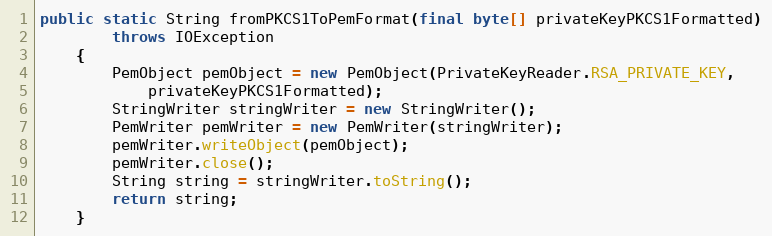
Language: Java
public static String fromPKCS1ToPemFormat(final byte[] privateKeyPKCS1Formatted)
		throws IOException
	{
		PemObject pemObject = new PemObject(PrivateKeyReader.RSA_PRIVATE_KEY,
			privateKeyPKCS1Formatted);
		StringWriter stringWriter = new StringWriter();
		PemWriter pemWriter = new PemWriter(stringWriter);
		pemWriter.writeObject(pemObject);
		pemWriter.close();
		String string = stringWriter.toString();
		return string;
	}